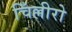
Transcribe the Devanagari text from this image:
चिँल्लीरो